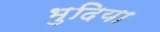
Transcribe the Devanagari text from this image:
भुदिया